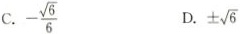
C. - \frac{\sqrt{6}}{6} D. ±\sqrt{6}